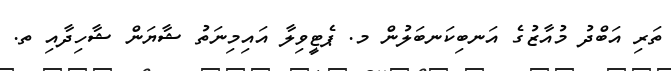
ތަރި އަބްދު މުއާޒުގެ އަނބިކަނބަލުން މ. ޕެޓީވިލާ އައިމިނަތު ޝާޔަން ޝާހިދާއި ތ.